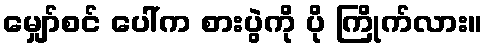
မျှော်စင် ပေါ်က စားပွဲကို ပို ကြိုက်လား။